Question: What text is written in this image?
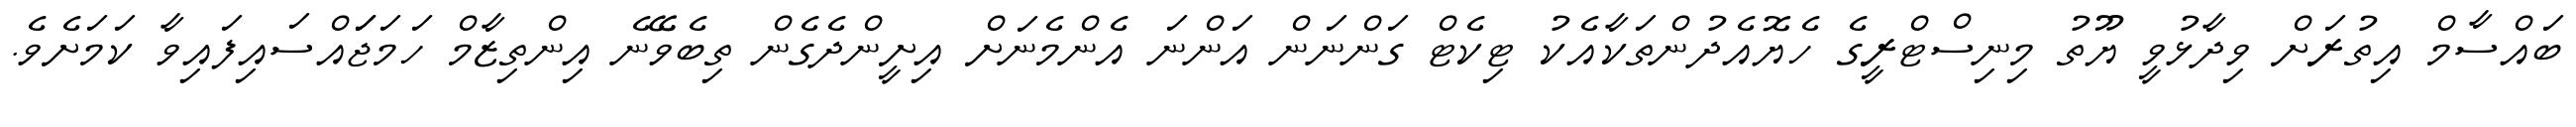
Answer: ބައްސާމް އިތުރަށް ވިދާޅުވީ ޔޫތު މިނިސްޓްރީގެ ހެޔޮއެދުންތަކާއެކު ޓިކެޓް ގަންނަން އަންނަ އެންމެނަށް އިށީންދެގެން ތިބެވޭނެ އިންތިޒާމް ހަމަޖަައްސައިފައިވާ ކަމަށެވެ.